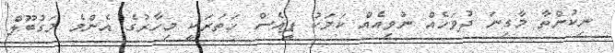
ނިކުންތާ މާގިނަ ދުވަހެއް ނުވިއެއް ކަމަކު ޕީއެސް ހަތަރަކީ މިހާރުގެ އެންމެ މަގުބޫލް